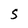
Character: S